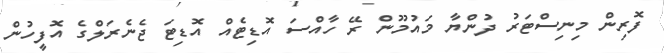
ފޮރިން މިނިސްޓަރު ދުންޔާ މައުމޫން ރޭ ހާއްސަ އޮޑިޓެއް އޮޑިޓަ ޖެނެރަލްގެ އޮފީހުން